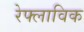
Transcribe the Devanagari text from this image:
रेफ्लाविक